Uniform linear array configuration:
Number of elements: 12
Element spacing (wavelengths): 0.75
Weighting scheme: blackman
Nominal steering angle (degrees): -60
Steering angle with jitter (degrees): -60.641
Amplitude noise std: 0.05
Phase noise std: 0.05

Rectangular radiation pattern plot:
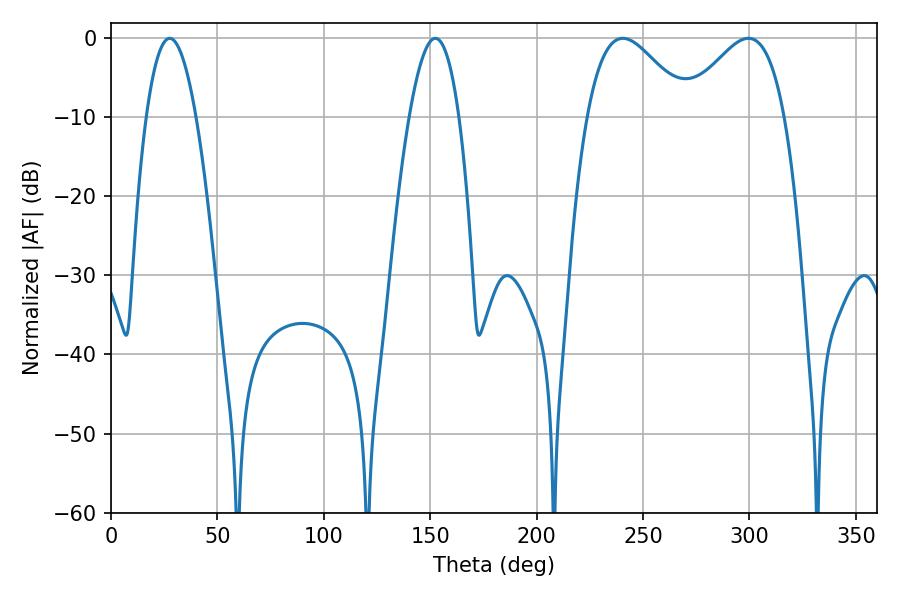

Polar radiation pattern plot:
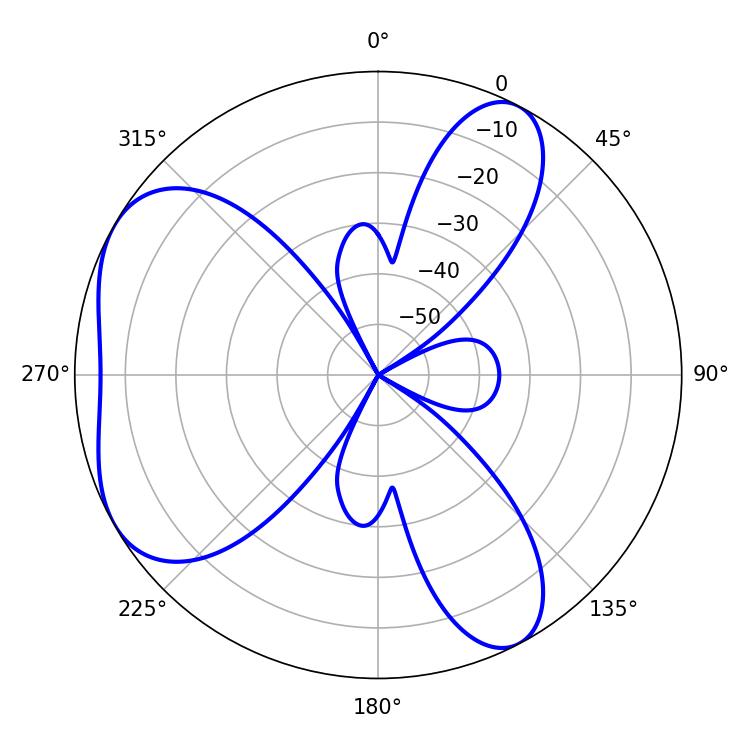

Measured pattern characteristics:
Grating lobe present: TRUE
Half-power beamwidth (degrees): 25.56
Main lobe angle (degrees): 240.48